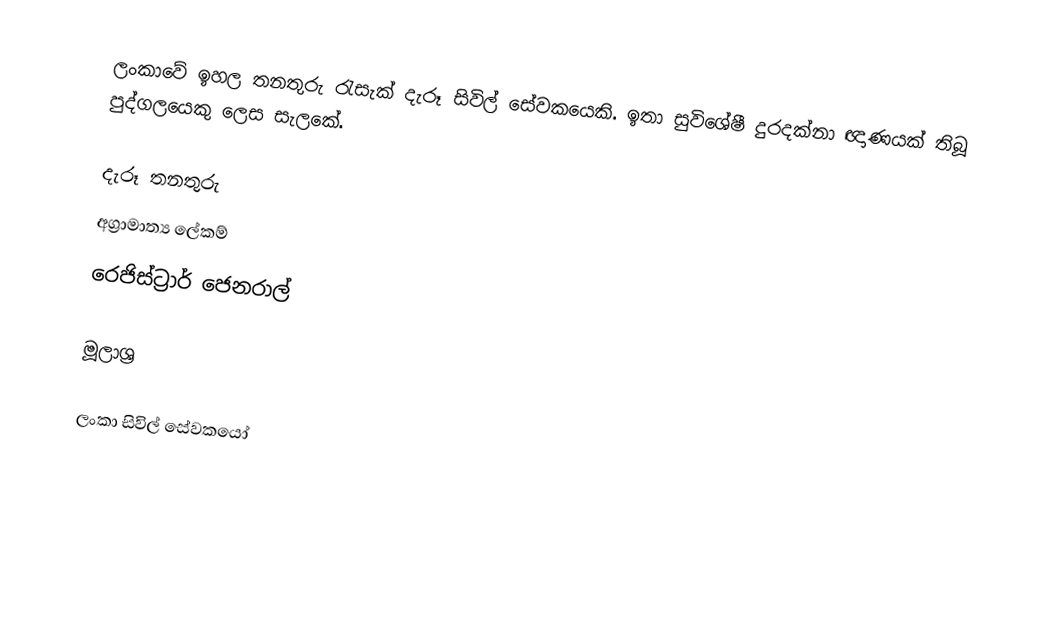
ලංකාවේ ඉහල තනතුරු රැසැක් දැරූ සිවිල් සේවකයෙකි. ඉතා සුවිශේෂී දුරදක්නා ඥාණයක් තිබූ පුද්ගලයෙකු ලෙස සැලකේ.

දැරූ තනතුරු
 අග්‍රාමාත්‍ය ලේකම්
 රෙජිස්ට්‍රාර් ජෙනරාල්

මූලාශ්‍ර

ලංකා සිවිල් සේවකයෝ